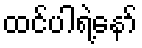
ထင်ပါရဲ့နော်